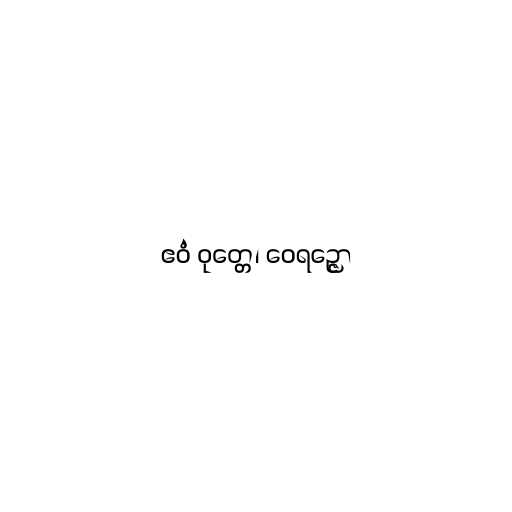
ဧဝံ ဝုတ္တေ၊ ဝေရဉ္ဇော